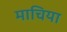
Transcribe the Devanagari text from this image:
माचिया